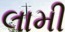
લામી